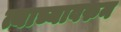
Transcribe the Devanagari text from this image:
त्याच्यावरुन